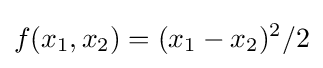
f(x_{1},x_{2})=(x_{1}-x_{2})^{2}/2